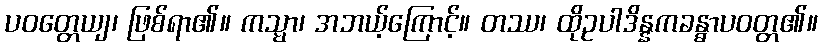
ပဝတ္တေယျ၊ ဖြစ်ရာ၏။ ကသ္မာ၊ အဘယ့်ကြောင့်။ တဿ၊ ထိုဥပါဒိန္နကခန္ဓာပဝတ္တ၏။